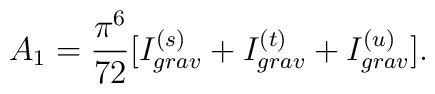
A_1 = \frac{\pi^6}{72}[I_{grav}^{(s)}+I_{grav}^{(t)}+I_{grav}^{(u)}].